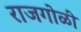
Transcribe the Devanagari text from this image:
राजगोळी